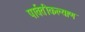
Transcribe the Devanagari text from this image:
पार्वतीकल्याण